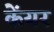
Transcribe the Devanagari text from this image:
केंयर